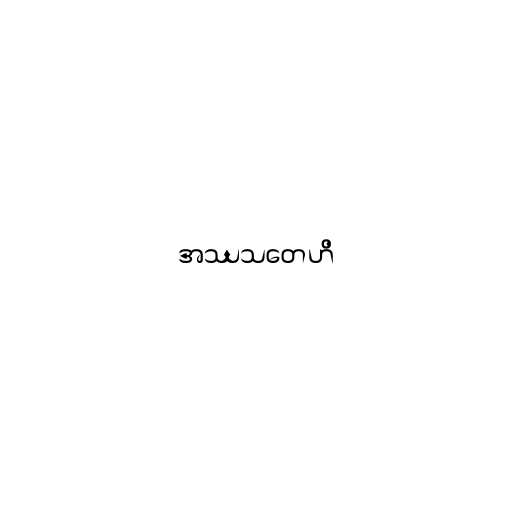
အဿသတေဟိ